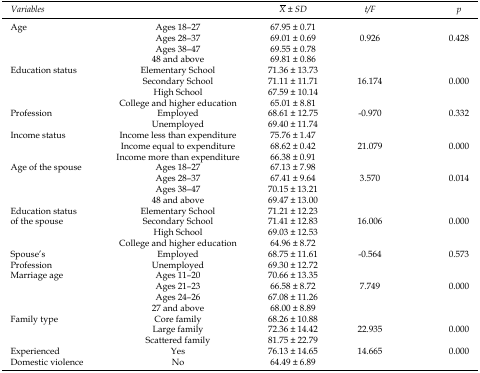
<table><thead><tr><td><b>Variables</b></td><td></td><td><b>X̄ ± SD</b></td><td><b>t/F</b></td><td><b>p</b></td></tr></thead><tbody><tr><td rowspan="4">Age</td><td>Ages 18–27</td><td>67.95 ± 0.71</td><td></td><td></td></tr><tr><td>Ages 28–37</td><td>69.01 ± 0.69</td><td>0.926</td><td>0.428</td></tr><tr><td>Ages 38–47</td><td>69.55 ± 0.78</td><td></td><td></td></tr><tr><td>48 and above</td><td>69.81 ± 0.86</td><td></td><td></td></tr><tr><td rowspan="4">Education status</td><td>Elementary School</td><td>71.36 ± 13.73</td><td></td><td></td></tr><tr><td>Secondary School</td><td>71.11 ± 11.71</td><td>16.174</td><td>0.000</td></tr><tr><td>High School</td><td>67.59 ± 10.14</td><td></td><td></td></tr><tr><td>College and higher education</td><td>65.01 ± 8.81</td><td></td><td></td></tr><tr><td rowspan="2">Profession</td><td>Employed</td><td>68.61 ± 12.75</td><td>-0.970</td><td>0.332</td></tr><tr><td>Unemployed</td><td>69.40 ± 11.74</td><td></td><td></td></tr><tr><td rowspan="3">Income status</td><td>Income less than expenditure</td><td>75.76 ± 1.47</td><td></td><td></td></tr><tr><td>Income equal to expenditure</td><td>68.62 ± 0.42</td><td>21.079</td><td>0.000</td></tr><tr><td>Income more than expenditure</td><td>66.38 ± 0.91</td><td></td><td></td></tr><tr><td rowspan="4">Age of the spouse</td><td>Ages 18–27</td><td>67.13 ± 7.98</td><td></td><td></td></tr><tr><td>Ages 28–37</td><td>67.41 ± 9.64</td><td>3.570</td><td>0.014</td></tr><tr><td>Ages 38–47</td><td>70.15 ± 13.21</td><td></td><td></td></tr><tr><td>48 and above</td><td>69.47 ± 13.00</td><td></td><td></td></tr><tr><td rowspan="4">Education status of the spouse</td><td>Elementary School</td><td>71.21 ± 12.23</td><td></td><td></td></tr><tr><td>Secondary School</td><td>71.41 ± 12.83</td><td>16.006</td><td>0.000</td></tr><tr><td>High School</td><td>69.03 ± 12.53</td><td></td><td></td></tr><tr><td>College and higher education</td><td>64.96 ± 8.72</td><td></td><td></td></tr><tr><td rowspan="2">Spouse’s Profession</td><td>Employed</td><td>68.75 ± 11.61</td><td>-0.564</td><td>0.573</td></tr><tr><td>Unemployed</td><td>69.30 ± 12.72</td><td></td><td></td></tr><tr><td rowspan="4">Marriage age</td><td>Ages 11–20</td><td>70.66 ± 13.35</td><td></td><td></td></tr><tr><td>Ages 21–23</td><td>66.58 ± 8.72</td><td>7.749</td><td>0.000</td></tr><tr><td>Ages 24–26</td><td>67.08 ± 11.26</td><td></td><td></td></tr><tr><td>27 and above</td><td>68.00 ± 8.89</td><td></td><td></td></tr><tr><td rowspan="3">Family type</td><td>Core family</td><td>68.26 ± 10.88</td><td></td><td></td></tr><tr><td>Large family</td><td>72.36 ± 14.42</td><td>22.935</td><td>0.000</td></tr><tr><td>Scattered family</td><td>81.75 ± 22.79</td><td></td><td></td></tr><tr><td>Experienced</td><td>Yes</td><td>76.13 ± 14.65</td><td>14.665</td><td>0.000</td></tr><tr><td>Domestic violence</td><td>No</td><td>64.49 ± 6.89</td><td></td><td></td></tr></tbody></table>